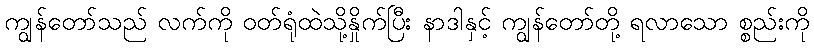
ကျွန်တော်သည် လက်ကို ဝတ်ရုံထဲသို့နှိုက်ပြီး နာဒါနှင့် ကျွန်တော်တို့ ရလာသော စ္စည်းကို